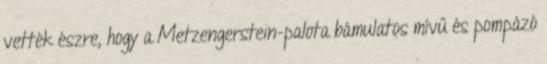
vették észre, hogy a Metzengerstein-palota bámulatos mívű és pompázó